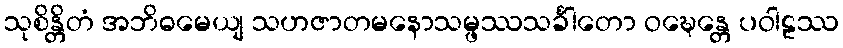
သုစိန္တိတံ အဘိဓမေယျ သဟဇာတမနောသမ္ဖဿသင်္ခါတော ဝဍ္ဎေန္တေ ပဝါဠဿ